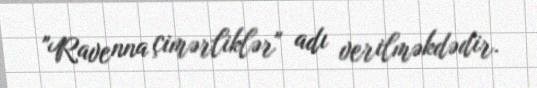
"Ravenna çimərliklər" adı verilməkdədir.